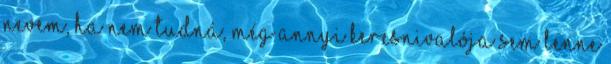
nevem, ha nem tudná, még annyi keresnivalója sem lenne